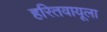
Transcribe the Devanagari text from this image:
हरितवायूला